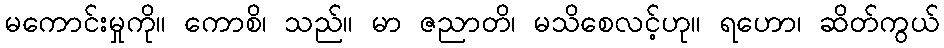
မကောင်းမှုကို။ ကောစိ၊ သည်။ မာ ဇညာတိ၊ မသိစေလင့်ဟု။ ရဟော၊ ဆိတ်ကွယ်